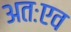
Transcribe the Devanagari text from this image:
अतःएव